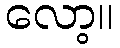
လော့။